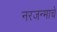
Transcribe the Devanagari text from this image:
नरजन्माचे